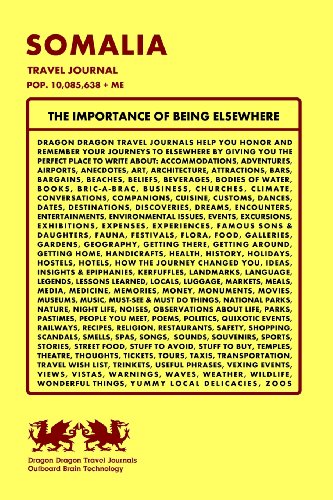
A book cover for Somalia Travel Journal, Pop. 10,085,638 + Me; Dragon Dragon Travel Journals; Travel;